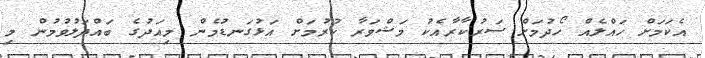
އެކަމަށް ހައްލެއް ހޯދުމަށް ސަރުކާރާއެކު މަޝްވަރާ ކުރުމަށް އަޅުގަނޑުމެން މިއަދުގެ ބައްދަލުވުމުން މި